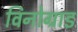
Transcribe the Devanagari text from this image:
विनोग्राड